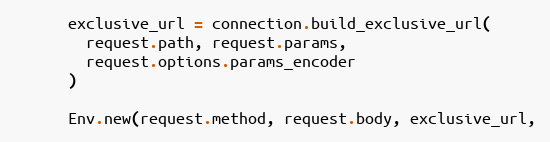
Language: Ruby
      exclusive_url = connection.build_exclusive_url(
        request.path, request.params,
        request.options.params_encoder
      )

      Env.new(request.method, request.body, exclusive_url,